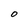
Character: O